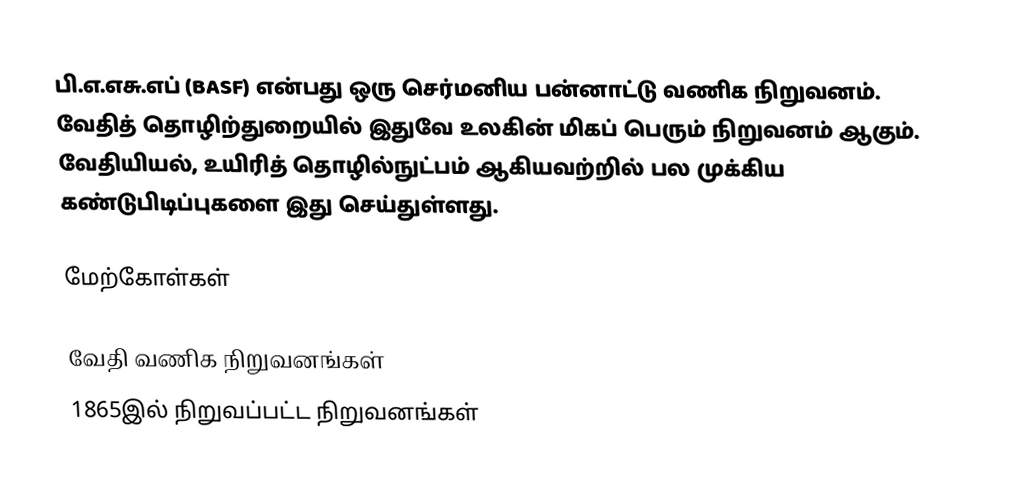
பி.எ.எசு.எப் (BASF) என்பது ஒரு செர்மனிய பன்னாட்டு வணிக நிறுவனம். வேதித் தொழிற்துறையில் இதுவே உலகின் மிகப் பெரும் நிறுவனம் ஆகும். வேதியியல், உயிரித் தொழில்நுட்பம் ஆகியவற்றில் பல முக்கிய கண்டுபிடிப்புகளை இது செய்துள்ளது.

மேற்கோள்கள்

வேதி வணிக நிறுவனங்கள்
1865இல் நிறுவப்பட்ட நிறுவனங்கள்